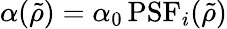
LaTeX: \alpha(\tilde{\rho})=\alpha_{0}\, \mathrm{PSF}_{i}(\tilde{\rho})